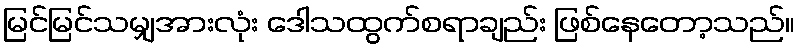
မြင်မြင်သမျှအားလုံး ဒေါသထွက်စရာချည်း ဖြစ်နေတော့သည်။